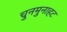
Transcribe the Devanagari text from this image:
चुनमुनाहट